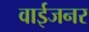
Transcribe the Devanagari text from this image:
वाईजनर